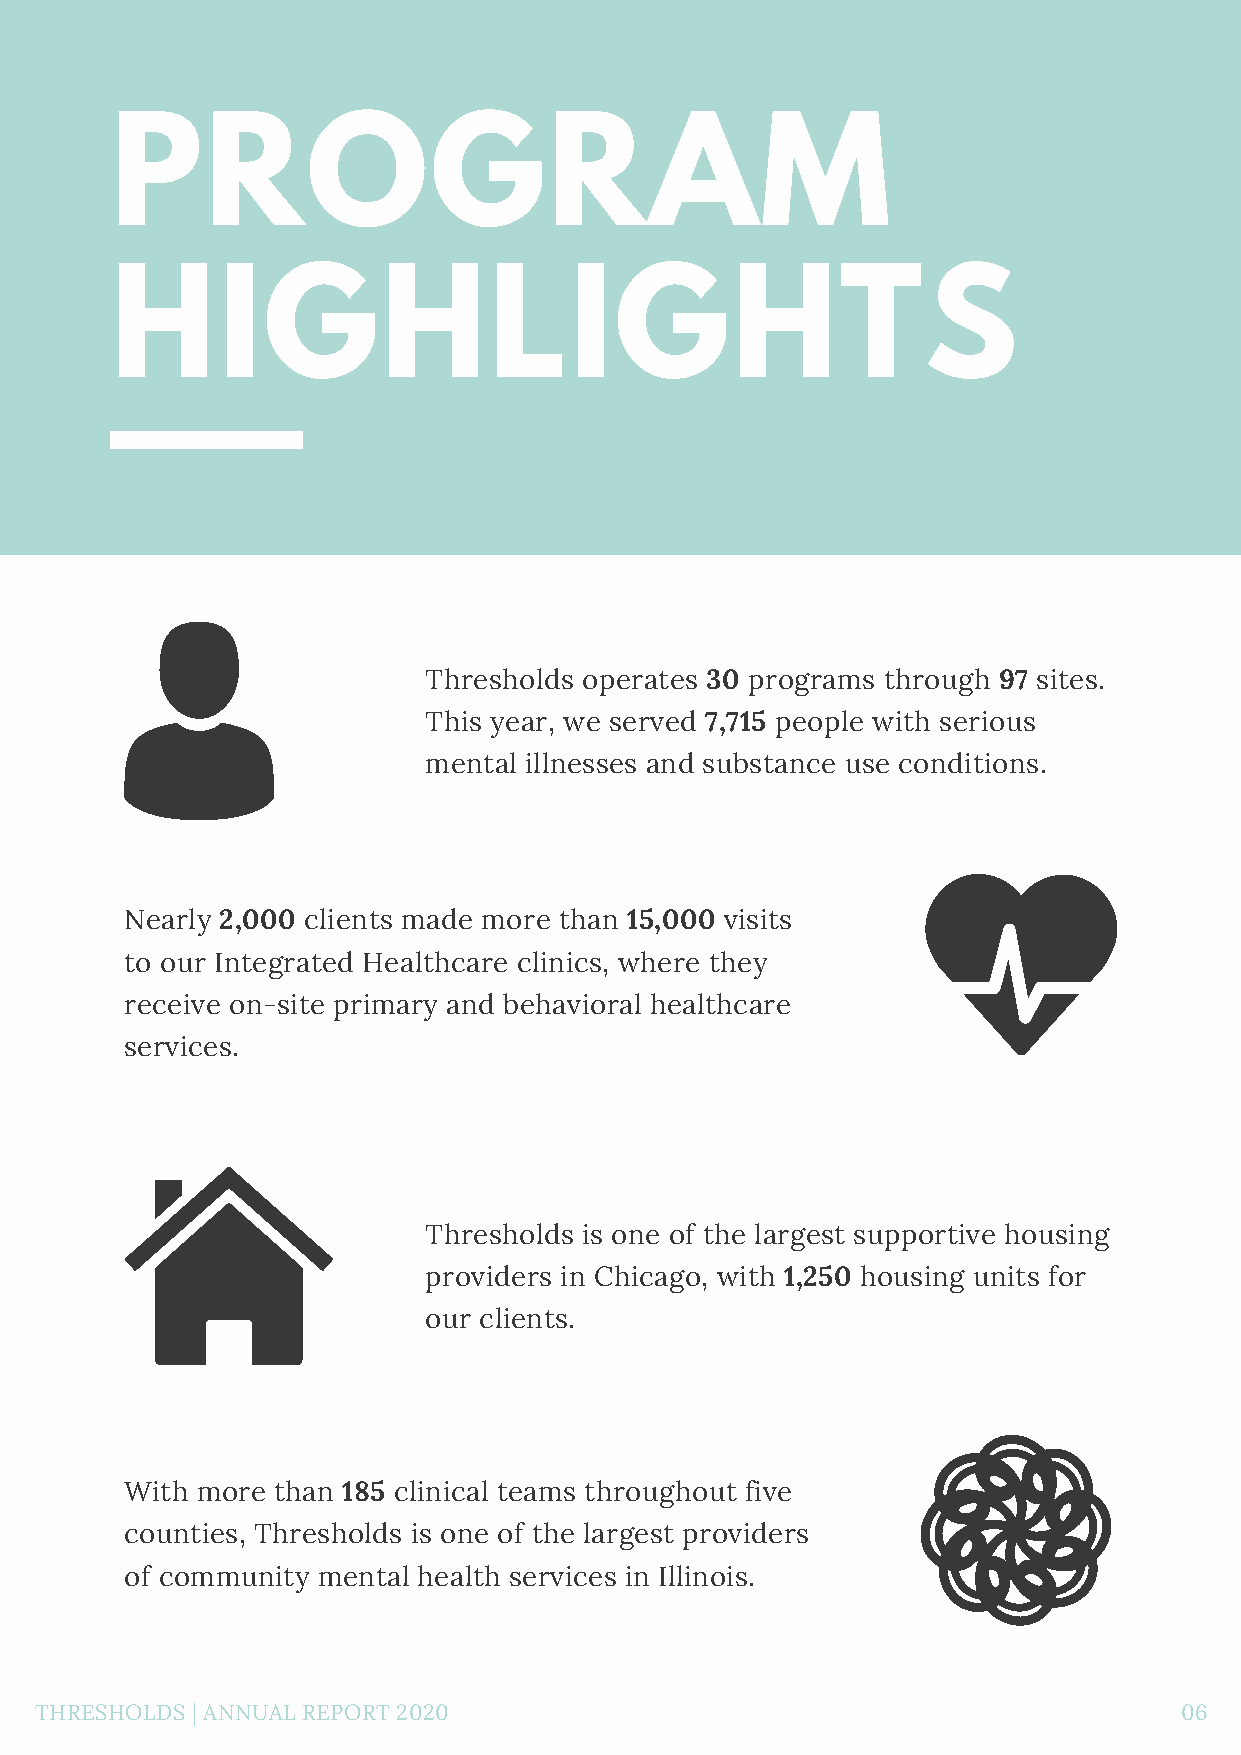
PROGRAM
 HIGHLIGHTS
 Thresholds operates 30 programs through 97 sites.
 This year, we served 7,715 people with serious
 mental illnesses and substance use conditions.
 Nearly 2,000 clients made more than 15,000 visits
 to our Integrated Healthcare clinics, where they
 receive on-site primary and behavioral healthcare
 services.
 Thresholds is one of the largest supportive housing
 providers in Chicago, with 1,250 housing units for
 our clients.
 With more than 185 clinical teams throughout five
 counties, Thresholds is one of the largest providers
 of community mental health services in Illinois.
 THRESHOLDS | ANNUAL REPORT 2020                                             06